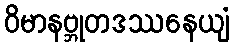
ဝိမာနဗ္ဘုတဒဿနေယျံ